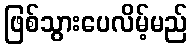
ဖြစ်သွားပေလိမ့်မည်